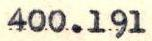
400.191